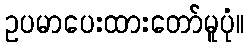
ဥပမာပေးထားတော်မူပုံ။